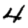
Digit: 4